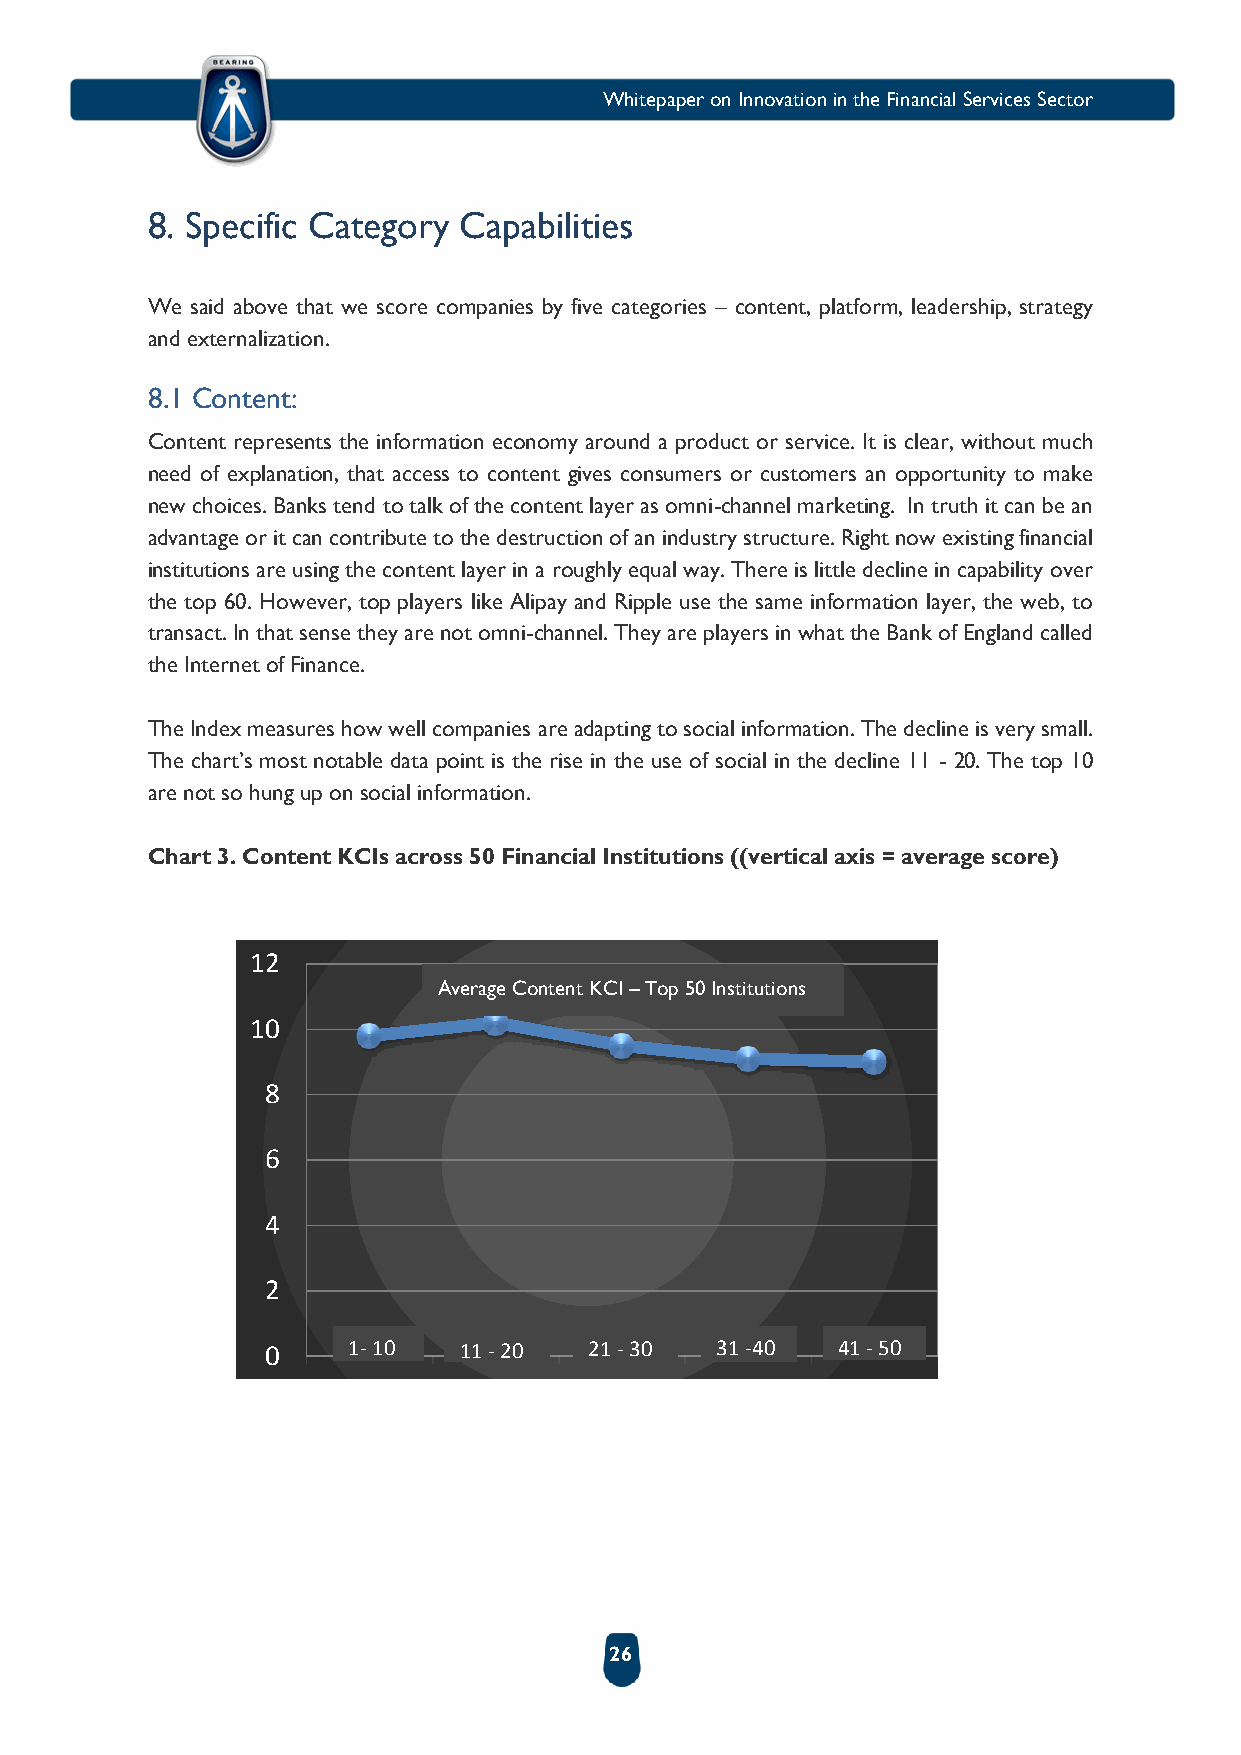
Whitepaper on Innovation in the Financial Services Sector
 8. Specific Category Capabilities
 We said above that we score companies by five categories – content, platform, leadership, strategy
 and externalization.
 8.1 Content:
 Content represents the information economy around a product or service. It is clear, without much
 need of explanation, that access to content gives consumers or customers an opportunity to make
 new choices. Banks tend to talk of the content layer as omni-channel marketing. In truth it can be an
 advantage or it can contribute to the destruction of an industry structure. Right now existing financial
 institutions are using the content layer in a roughly equal way. There is little decline in capability over
 the top 60. However, top players like Alipay and Ripple use the same information layer, the web, to
 transact. In that sense they are not omni-channel. They are players in what the Bank of England called
 the Internet of Finance.
 The Index measures how well companies are adapting to social information. The decline is very small.
 The chart’s most notable data point is the rise in the use of social in the decline 11 - 20. The top 10
 are not so hung up on social information.
 Chart 3. Content KCIs across 50 Financial Institutions ((vertical axis = average score)
 12
 Average Content KCI – Top 50 Institutions
 10
 8
 6
 4
 2
 0    1-10   11-20    21 -30  31-40   41 -50
 26